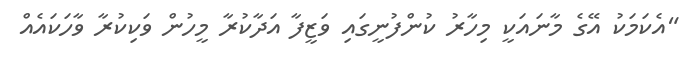
"އެކަމަކު އޭގެ މާނައަކީ މިހާރު ކުންފުނީގައި ވަޒީފާ އަދާކުރާ މީހުން ވަކިކުރާ ވާހަކައެއް